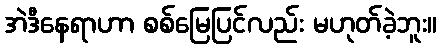
အဲဒီနေရာဟာ စစ်မြေပြင်လည်း မဟုတ်ခဲ့ဘူး။